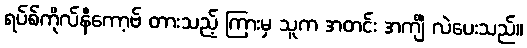
ရပ်စ်ကိုလ်နီကော့ဗ် တားသည့် ကြားမှ သူက အတင်း အင်္ကျီ လဲပေးသည်။